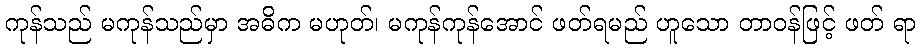
ကုန်သည် မကုန်သည်မှာ အဓိက မဟုတ်၊ မကုန်ကုန်အောင် ဖတ်ရမည် ဟူသော တာဝန်ဖြင့် ဖတ် ရာ